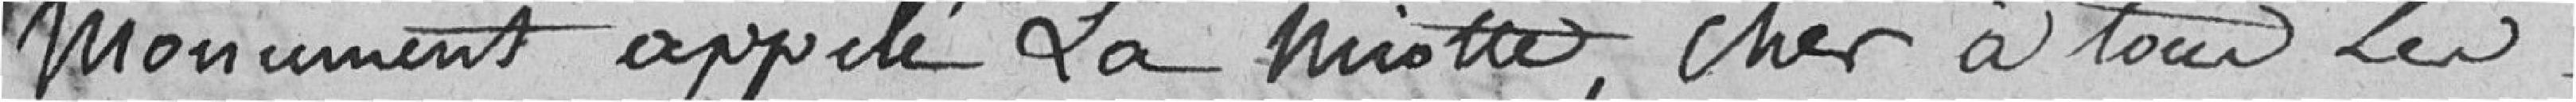
Monument appelé La Miotte, cher à tous les